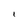
Character: I